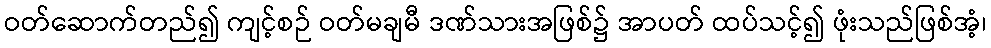
ဝတ်ဆောက်တည်၍ ကျင့်စဉ် ဝတ်မချမီ ဒဏ်သားအဖြစ်၌ အာပတ် ထပ်သင့်၍ ဖုံးသည်ဖြစ်အံ့၊